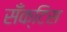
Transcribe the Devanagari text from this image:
सँक्टिस